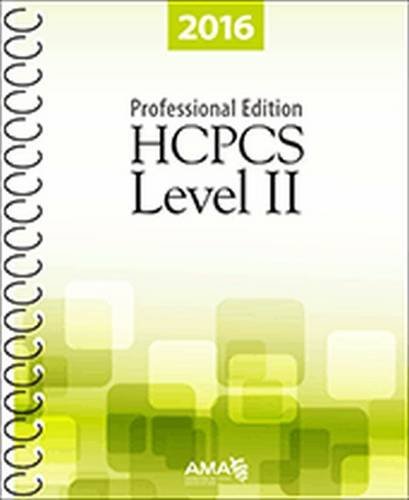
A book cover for HCPCS 2016 Level II Professional Edition (Hcpcs Level II (American Medical Assn)); American Medical Association; Medical Books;